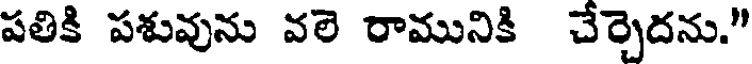
పతికి పశువును వలె రామునికి చేర్చెదను."